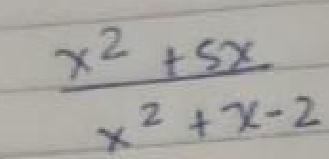
\[\frac{x^{2}+5x}{x^{2}+x - 2}\]